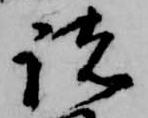
諸